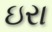
ઇરા